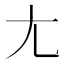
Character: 尢